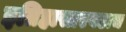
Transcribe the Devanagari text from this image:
इतिहासाएवढाच